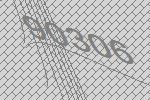
90306